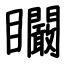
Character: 矙